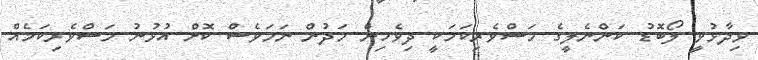
ވިދާޅުވީ ލޯބޮޑު ކަންނެލީގެ މަސްވެރިކަމަކީ ދިވެހިން މަދުން ނަމަވެސް ކޮށް އުޅުނު މަސްވެރިކަމެއް